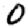
Digit: 0